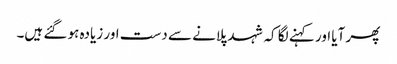
پھر آیا اور کہنے لگا کہ شہد پلانے سے دست اور زیادہ ہو گئے ہیں۔